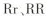
Rr、RR